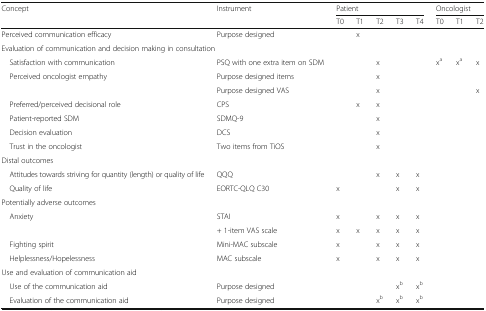
<table><thead><tr><td><b>Concept</b></td><td><b>Instrument</b></td><td colspan="5"><b>Patient</b></td><td colspan="3"><b>Oncologist</b></td></tr><tr><td></td><td></td><td><b>T0</b></td><td><b>T1</b></td><td><b>T2</b></td><td><b>T3</b></td><td><b>T4</b></td><td><b>T0</b></td><td><b>T1</b></td><td><b>T2</b></td></tr></thead><tbody><tr><td>Perceived communication efficacy</td><td>Purpose designed</td><td></td><td>x</td><td></td><td></td><td></td><td></td><td></td><td></td></tr><tr><td colspan="10">Evaluation of communication and decision making in consultation</td></tr><tr><td> Satisfaction with communication</td><td>PSQ with one extra item on SDM</td><td></td><td></td><td>x</td><td></td><td></td><td>x<sup>a</sup></td><td>x<sup>a</sup></td><td>x</td></tr><tr><td> Perceived oncologist empathy</td><td>Purpose designed items</td><td></td><td></td><td>x</td><td></td><td></td><td></td><td></td><td></td></tr><tr><td></td><td>Purpose designed VAS</td><td></td><td></td><td>x</td><td></td><td></td><td></td><td></td><td>x</td></tr><tr><td> Preferred/perceived decisional role</td><td>CPS</td><td></td><td>x</td><td>x</td><td></td><td></td><td></td><td></td><td></td></tr><tr><td> Patient-reported SDM</td><td>SDMQ-9</td><td></td><td></td><td>x</td><td></td><td></td><td></td><td></td><td></td></tr><tr><td> Decision evaluation</td><td>DCS</td><td></td><td></td><td>x</td><td></td><td></td><td></td><td></td><td></td></tr><tr><td> Trust in the oncologist</td><td>Two items from TiOS</td><td></td><td></td><td>x</td><td></td><td></td><td></td><td></td><td></td></tr><tr><td colspan="10">Distal outcomes</td></tr><tr><td> Attitudes towards striving for quantity (length) or quality of life</td><td>QQQ</td><td></td><td></td><td>x</td><td>x</td><td>x</td><td></td><td></td><td></td></tr><tr><td> Quality of life</td><td>EORTC-QLQ C30</td><td>x</td><td></td><td></td><td>x</td><td>x</td><td></td><td></td><td></td></tr><tr><td colspan="10">Potentially adverse outcomes</td></tr><tr><td> Anxiety</td><td>STAI</td><td>x</td><td></td><td>x</td><td>x</td><td>x</td><td></td><td></td><td></td></tr><tr><td></td><td>+ 1-item VAS scale</td><td>x</td><td>x</td><td>x</td><td>x</td><td>x</td><td></td><td></td><td></td></tr><tr><td> Fighting spirit</td><td>Mini-MAC subscale</td><td>x</td><td></td><td>x</td><td>x</td><td>x</td><td></td><td></td><td></td></tr><tr><td> Helplessness/Hopelessness</td><td>MAC subscale</td><td>x</td><td></td><td>x</td><td>x</td><td>x</td><td></td><td></td><td></td></tr><tr><td colspan="10">Use and evaluation of communication aid</td></tr><tr><td> Use of the communication aid</td><td>Purpose designed</td><td></td><td></td><td></td><td>x<sup>b</sup></td><td>x<sup>b</sup></td><td></td><td></td><td></td></tr><tr><td> Evaluation of the communication aid</td><td>Purpose designed</td><td></td><td></td><td>x<sup>b</sup></td><td>x<sup>b</sup></td><td>x<sup>b</sup></td><td></td><td></td><td></td></tr></tbody></table>